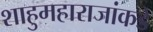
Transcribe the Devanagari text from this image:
शाहुमहाराजांकडे